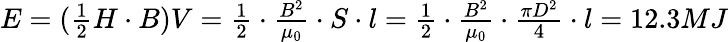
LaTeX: \begin{array}{r}{E=(\frac{1}{2}H\cdot B)V=\frac{1}{2}\cdot\frac{B^{2}}{\mu_{0}}\cdot S\cdot l=\frac{1}{2}\cdot\frac{B^{2}}{\mu_{0}}\cdot\frac{\pi D^{2}}{4}\cdot l=12.3MJ}\end{array}